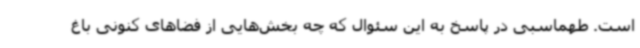
است. طهماسبی در پاسخ به این سئوال که چه بخش‌هایی از فضاهای کنونی باغ